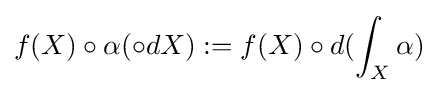
f(X)\circ \alpha (\circ dX):=f(X)\circ d(\int _{X}\alpha )